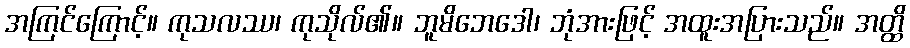
အကြင်ကြောင့်။ ကုသလဿ၊ ကုသိုလ်၏။ ဘူမိဘေဒေါ၊ ဘုံအားဖြင့် အထူးအပြားသည်။ အတ္ထိ